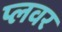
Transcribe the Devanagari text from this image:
प्लवर